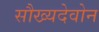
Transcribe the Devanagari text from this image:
सौख्यदेवोन